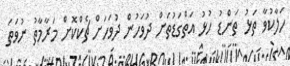
ހަލާކުވާ ތަޅު ތަންޑު ހުޅު އަތްގަޑުތަށް ދުވަހުން ދުވަހަށް ޗެކްކޮށް މަރާމާތު ނުވަތަ